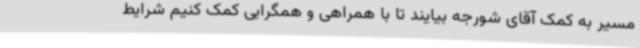
مسیر به کمک آقای شورجه بیایند تا با همراهی و همگرایی کمک کنیم شرایط